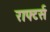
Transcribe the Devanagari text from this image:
राफ्टर्स